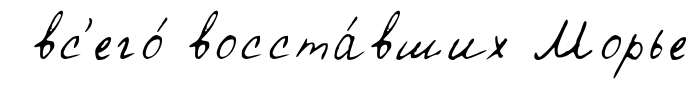
вс'его́ восста́вших Морье